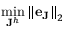
\operatorname* { m i n } _ { \mathbf { J } ^ { h } } { \| \mathbf { e } _ { \mathbf { J } } \| } _ { 2 }